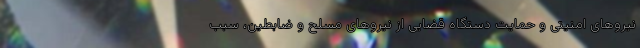
نیروهای امنیتی و حمایت دستگاه قضایی از نیروهای مسلح و ضابطین، سبب